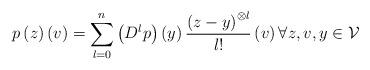
LaTeX: \begin{align*}p\left( z\right) \left( v\right) =\sum_{l=0}^{n}\left( D^{l}p\right) \left(y\right) \frac{\left( z-y\right) ^{\otimes l}}{l!}\left( v\right) \forall z,v,y\in \mathcal{V} \end{align*}